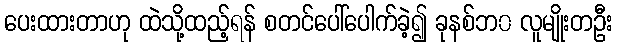
ပေးထားတာဟု ထဲသို့ထည့်ရန် စတင်ပေါ်ပေါက်ခဲ့၍ ခုနစ်ဘ၀ လူမျိုးတဦး